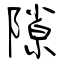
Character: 隙